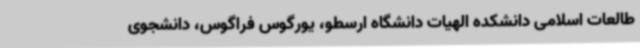
طالعات اسلامی دانشکده الهیات دانشگاه ارسطو، یورگوس فراگوس، دانشجوی